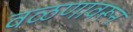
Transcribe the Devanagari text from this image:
वळणावरून